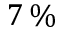
7 \, \%